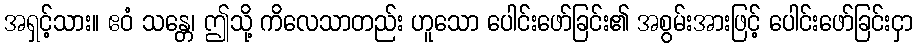
အရှင့်သား။ ဧဝံ သန္တေ၊ ဤသို့ ကိလေသာတည်း ဟူသော ပေါင်းဖော်ခြင်း၏ အစွမ်းအားဖြင့် ပေါင်းဖော်ခြင်းငှာ